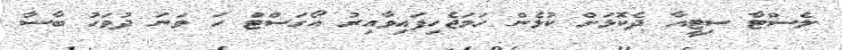
ލެސްޓާ ސިޓީއާ ދެކޮޅަށް ކުޅެން ހަމަޖެހިފައިވާއިރު އޯގަސްޓް ހަ ވަނަ ދުވަހު ބާސާ